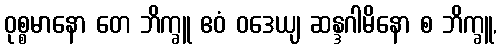
ဝုစ္စမာနော တေ ဘိက္ခူ ဧဝံ ဝဒေယျ ဆန္ဒဂါမိနော စ ဘိက္ခူ,